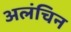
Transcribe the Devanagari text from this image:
अलंचिन